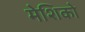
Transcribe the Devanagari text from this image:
मेशिको